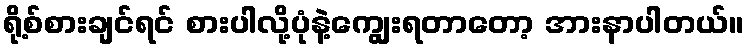
ရို့စ်စားချင်ရင် စားပါလို့ပုံနဲ့ကျွေးရတာတော့ အားနာပါတယ်။